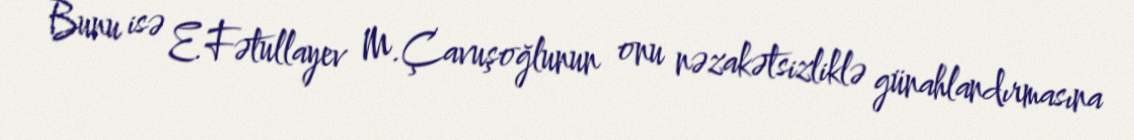
Bunu isə E.Fətullayev M.Çavuşoğlunun onu nəzakətsizliklə günahlandırmasına